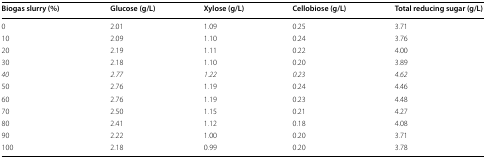
| Biogas slurry (%) | Glucose (g/L) | Xylose (g/L) | Cellobiose (g/L) | Total reducing sugar (g/L) |
 | --- | --- | --- | --- | --- |
 | 0 | 2.01 | 1.09 | 0.25 | 3.71 |
 | 10 | 2.09 | 1.10 | 0.24 | 3.76 |
 | 20 | 2.19 | 1.11 | 0.22 | 4.00 |
 | 30 | 2.18 | 1.10 | 0.20 | 3.89 |
 | 40 | 2.77 | 1.22 | 0.23 | 4.62 |
 | 50 | 2.76 | 1.19 | 0.24 | 4.46 |
 | 60 | 2.76 | 1.19 | 0.23 | 4.48 |
 | 70 | 2.50 | 1.15 | 0.21 | 4.27 |
 | 80 | 2.41 | 1.12 | 0.18 | 4.08 |
 | 90 | 2.22 | 1.00 | 0.20 | 3.71 |
 | 100 | 2.18 | 0.99 | 0.20 | 3.78 |